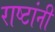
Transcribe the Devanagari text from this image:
राष्टांनी